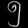
Digit: ၅